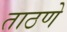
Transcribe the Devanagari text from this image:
ताठणे